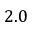
2 . 0